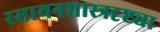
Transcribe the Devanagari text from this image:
रसायनशास्त्रदृष्ट्या